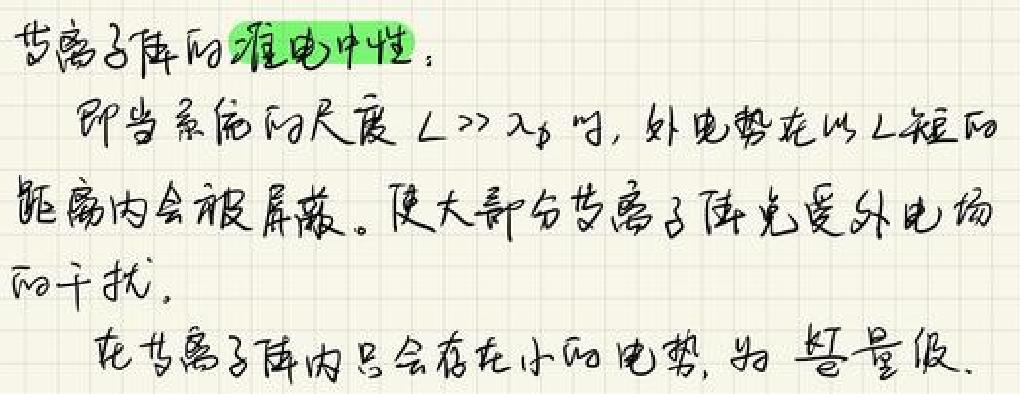
等离子体的准电中性：
即当系统的尺度$L\gg\lambda_{D}$时，外电势在以$L$短的距离内会被屏蔽。使大部分等离子体免受外电场的干扰。
在等离子体内只会存在小的电势，为$\lambda_{D}$量级。